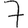
Digit: 7